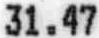
31.47